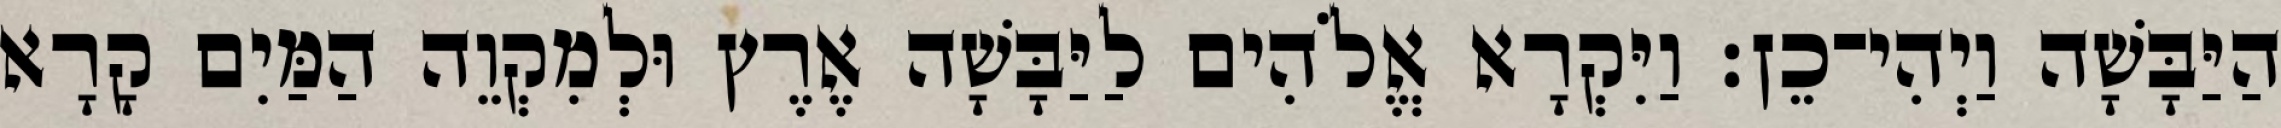
הַיַּבָּשָׁה וַיְהִי־כֵן׃ וַיִּקְרָא אֱלֹהִים לַיַּבָּשָׁה אֶרֶץ וּלְמִקְוֵה הַמַּיִם קָרָא